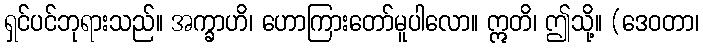
ရှင်ပင်ဘုရားသည်။ အက္ခာဟိ၊ ဟောကြားတော်မူပါလော။ ဣတိ၊ ဤသို့။ (ဒေဝတာ၊